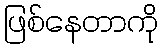
ဖြစ်နေတာကို